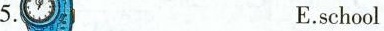
5. E.school